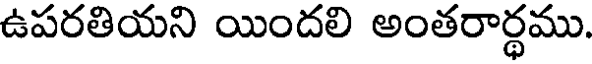
ఉపరతియని యిందలి అంతరార్థము.